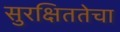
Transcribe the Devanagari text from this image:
सुरक्षिततेचा